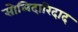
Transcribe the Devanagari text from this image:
सोलिदारिदाद